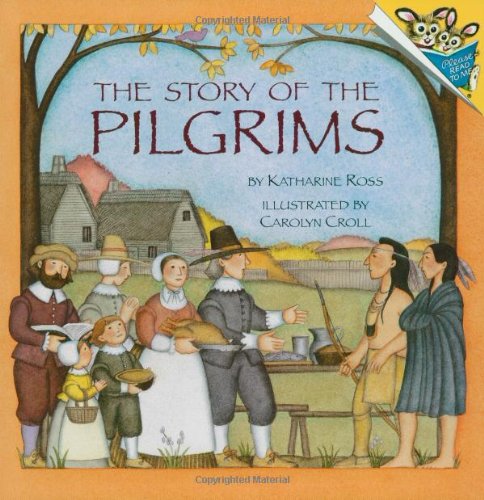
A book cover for The Story of the Pilgrims (Pictureback(R)); Katharine Ross; Children's Books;